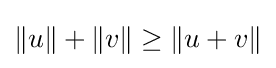
\|u\|+\|v\|\geq \|u+v\|